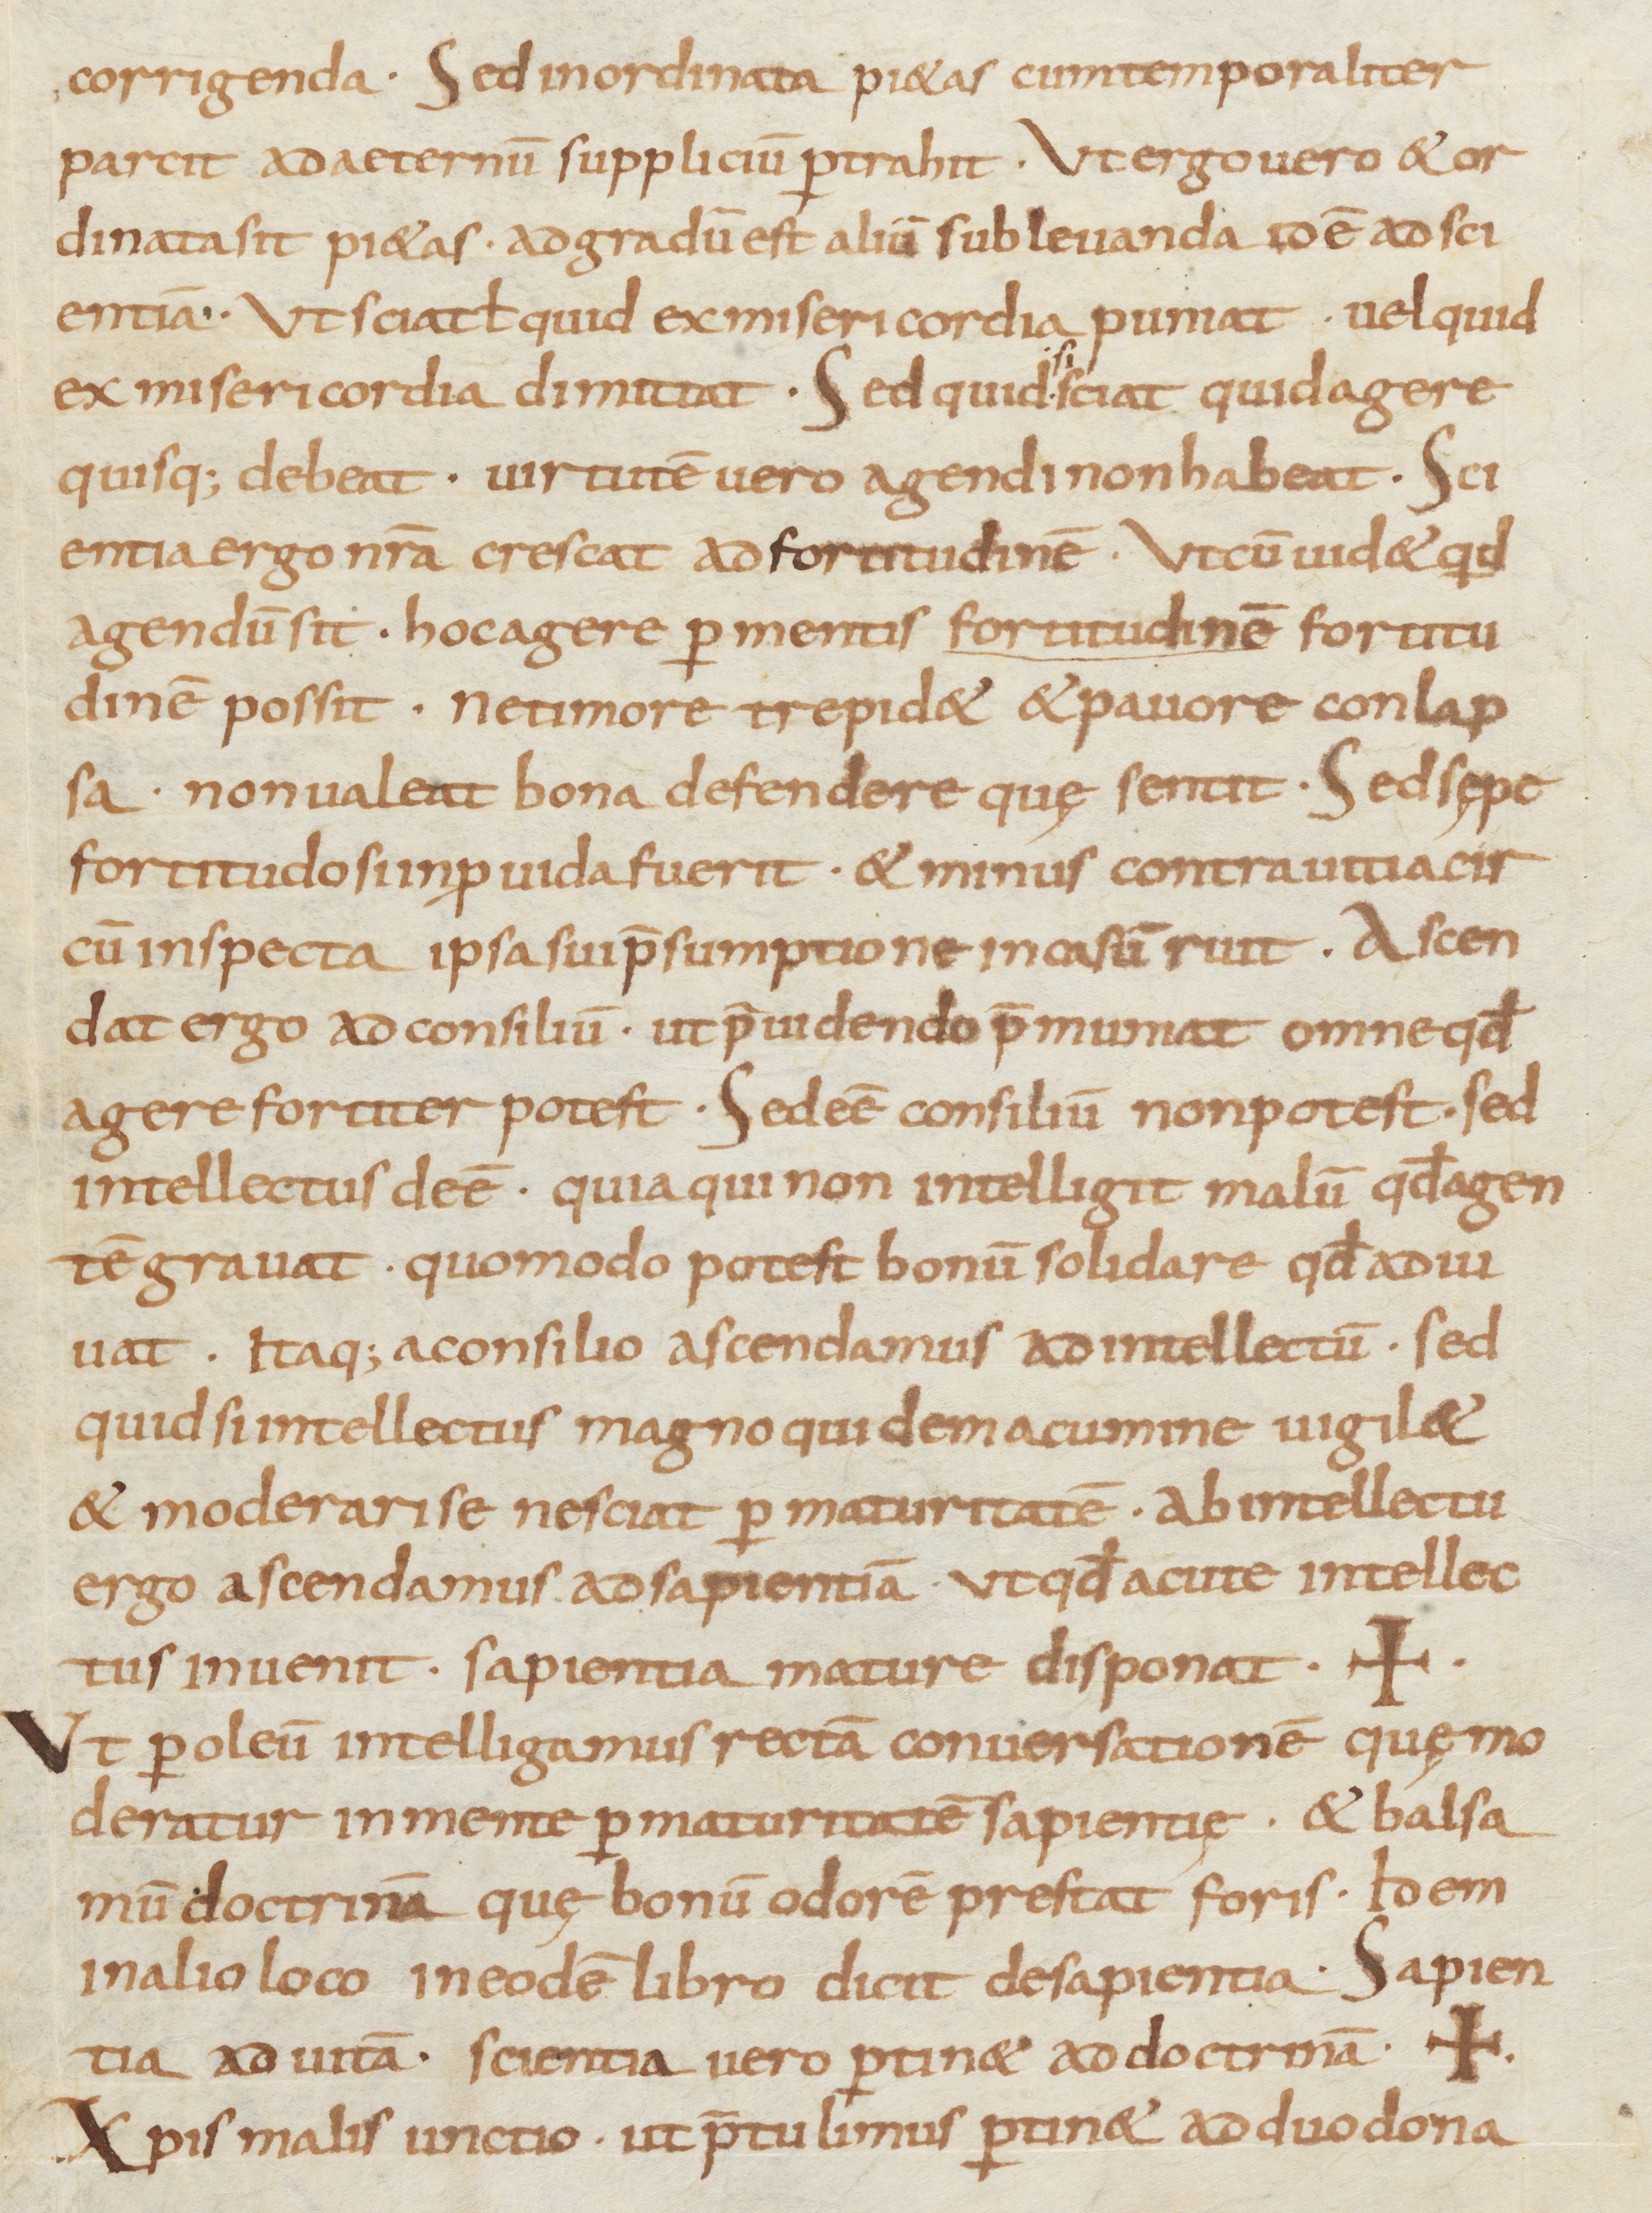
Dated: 800–899